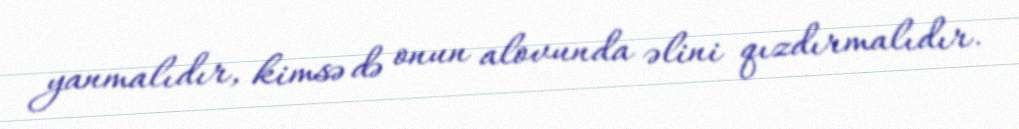
yanmalıdır, kimsə də onun alovunda əlini qızdırmalıdır.